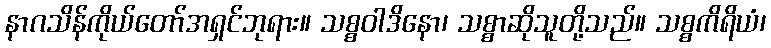
နာဂသိန်ကိုယ်တော်အရှင်ဘုရား။ သစ္စဝါဒိနော၊ သစ္စာဆိုသူတို့သည်။ သစ္စကိရိယံ၊